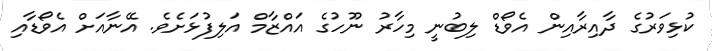
ކުޅިވަރުގެ ދާއިރާއިން އެވޯޑް ލިބުނީ މިހާރު ނޫހުގެ އައްޒާމް އަލިފުޅަށެވެ. އޭނާއަށް އެވޯޑާއި